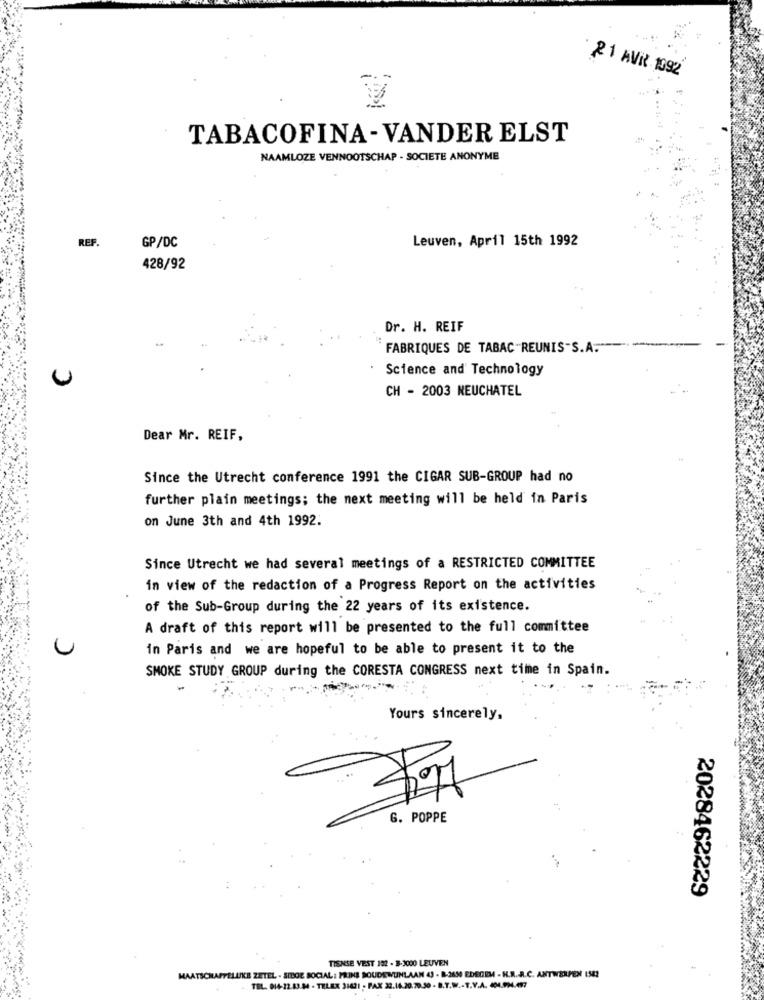
2 1 AVR 1092
TABACOFINA-VANDER ELST
NAAMLOZE VENNOOTSCHAP - SOCIETE ANONYME
REF.
Leuven, April 15th 1992
GP/DC
428/92
Dr. H. REIF
FABRIQUES DE TABAC "REUNIS"S.A.
Science and Technology
U
CH - 2003 NEUCHATEL
Dear Mr. REIF,
Since the Utrecht conference 1991 the CIGAR SUB-GROUP had no
further plain meetings; the next meeting will be held in Paris
on June 3th and 4th 1992.
Since Utrecht we had several meetings of a RESTRICTED COMMITTEE
in view of the redaction of a Progress Report on the activities
of the Sub-Group during the 22 years of its existence.
A draft of this report will be presented to the full committee
in Paris and we are hopeful to be able to present it to the
SMOKE STUDY GROUP during the CORESTA CONGRESS next time in Spain.
Yours sincerely,
G. POPPE
2028462229
TISNSE VEST 192 - 3-3000 LEUVEN
MAATSCHAPPELIJKE ZETEL - SIDOE SOCIAL: PRINS SOUDENUNLAAN 43 - 8:2650 EDEGEM - H.R.A.C. ANTWERPEN 1542
TEL. 014-12.83.54 - TELEX 31421 - FAX 22.14.20.70.50 - B.T.W .- T.V.A. M.PH.07